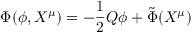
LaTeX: \Phi ( \phi , X ^ { \mu } ) = - \frac { 1 } { 2 } Q \phi + { \tilde { \Phi } } ( X ^ { \mu } )